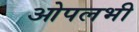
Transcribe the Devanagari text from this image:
ओपलभी